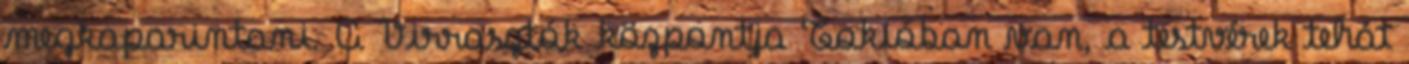
megkaparintani. A Virrasztók központja Tokióban van, a testvérek tehát